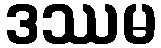
ဒဿမ